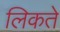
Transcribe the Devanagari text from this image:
लिकते